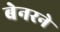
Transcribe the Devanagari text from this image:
बेनरने